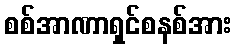
စစ်အာဏာရှင်စနစ်အား